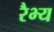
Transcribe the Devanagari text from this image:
रैभ्य